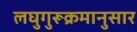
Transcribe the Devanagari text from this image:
लघुगुरूक्रमानुसार